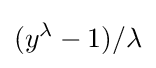
(y^{\lambda }-1)/\lambda